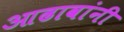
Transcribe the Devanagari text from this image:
आढावांनी